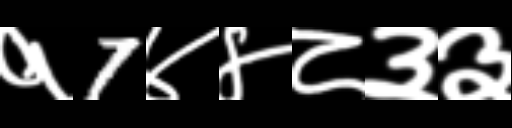
Text: १7४४८३३